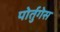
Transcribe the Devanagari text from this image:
पोर्तुगेस